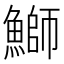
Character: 鰤